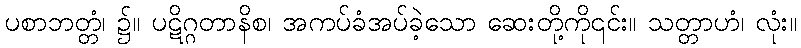
ပစာဘတ္တံ၊ ၌။ ပဋိဂ္ဂတာနိစ၊ အကပ်ခံအပ်ခဲ့သော ဆေးတို့ကို၎င်း။ သတ္တာဟံ၊ လုံး။